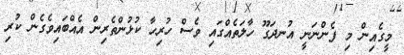
މީގެއިން މި ފެންނަނީ އުނދަގޫ ހާލަތެއްގައި ވެސް ހުރިހާ ކުޅުންތެރިން އެއްބައިވެގެން ކުރި